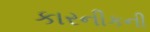
કારનીકની